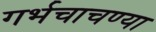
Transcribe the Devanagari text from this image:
गर्भचाचण्या